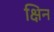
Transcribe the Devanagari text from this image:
क्षिन